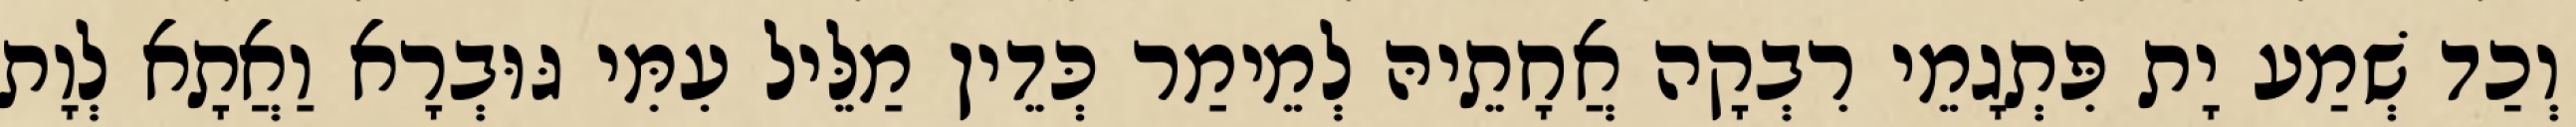
וְכַד שְׁמַע יָת פִּתְגָמֵי רִבְקָה אֲחָתֵיהּ לְמֵימַר כְּדֵין מַלֵּיל עִמִּי גּוּבְרָא וַאֲתָא לְוָת